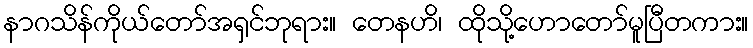
နာဂသိန်ကိုယ်တော်အရှင်ဘုရား။ တေနဟိ၊ ထိုသို့ဟောတော်မူပြီတကား။